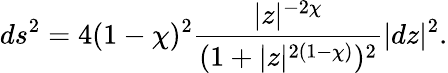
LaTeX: ds^{2}=4(1-\chi)^{2}\frac{|z|^{-2\chi}}{(1+|z|^{2(1-\chi)})^{2}}|dz|^{2}.